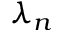
\lambda _ { n }